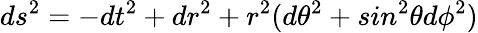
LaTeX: ds^{2}=-dt^{2}+dr^{2}+r^{2}(d\theta^{2}+sin^{2}\theta d\phi^{2})